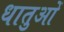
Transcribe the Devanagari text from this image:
धातुआें